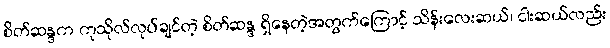
စိတ်ဆန္ဒက ကုသိုလ်လုပ်ချင်တဲ့ စိတ်ဆန္ဒ ရှိနေတဲ့အတွက်ကြောင့် သိန်းလေးဆယ်၊ ငါးဆယ်လည်း